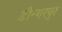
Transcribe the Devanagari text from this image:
डीन्गरपुर